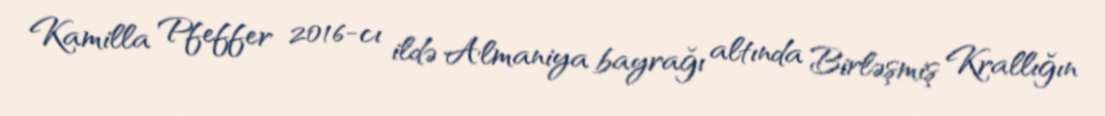
Kamilla Pfeffer 2016-cı ildə Almaniya bayrağı altında Birləşmiş Krallığın